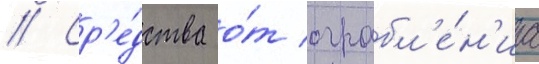
// Ср'е́дства о́т ограбл'е́н'иа